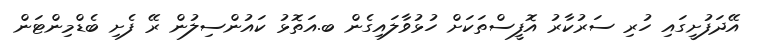
އޭދަފުށީގައި ހުރި ސަރުކާރު އޮފީސްތަކަށް ހުޅުވާލައިގެން ބ.އަތޮޅު ކައުންސިލުން ރޭ ފެށި ބެޑްމިންޓަން